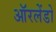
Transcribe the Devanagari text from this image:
ऑरलेंडो